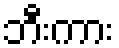
ဘီးကား